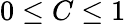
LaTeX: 0\le C\le 1